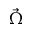
\vec { \Omega }